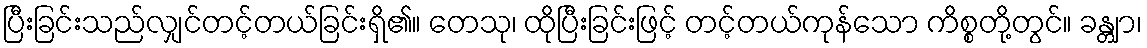
ပြီးခြင်းသည်လျှင်တင့်တယ်ခြင်းရှိ၏။ တေသု၊ ထိုပြီးခြင်းဖြင့် တင့်တယ်ကုန်သော ကိစ္စတို့တွင်။ ခန္တျာ၊